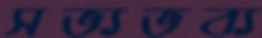
সভ্যভব্য